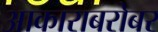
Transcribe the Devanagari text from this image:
आकाराबरोबर